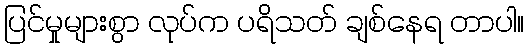
ပြင်မှုများစွာ လုပ်က ပရိသတ် ချစ်နေရ တာပါ။